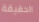
الحقيقة